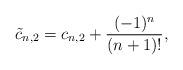
LaTeX: \begin{align*} \tilde{c}_{n,2}=c_{n,2}+\frac{(-1)^n}{(n+1)!},\end{align*}